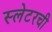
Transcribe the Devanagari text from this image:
स्लेटरची